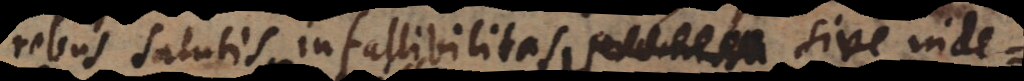
rebus salutis infallibilitas sive indefecti